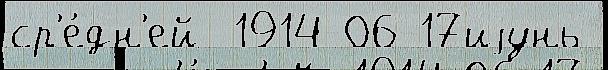
ср'е́дн'ей  1914-06-17иjунь